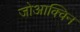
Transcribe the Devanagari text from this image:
जोआक्विन